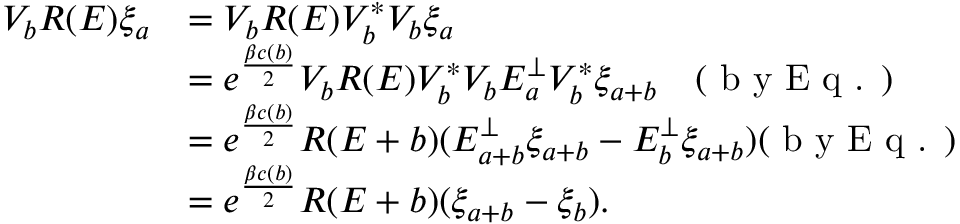
\begin{array} { r l } { V _ { b } R ( E ) \xi _ { a } } & { = V _ { b } R ( E ) V _ { b } ^ { * } V _ { b } \xi _ { a } } \\ & { = e ^ { \frac { \beta c ( b ) } { 2 } } V _ { b } R ( E ) V _ { b } ^ { * } V _ { b } E _ { a } ^ { \perp } V _ { b } ^ { * } \xi _ { a + b } ~ ~ ~ ( \textrm { b y E q . } ) } \\ & { = e ^ { \frac { \beta c ( b ) } { 2 } } R ( E + b ) ( E _ { a + b } ^ { \perp } \xi _ { a + b } - E _ { b } ^ { \perp } \xi _ { a + b } ) ( \textrm { b y E q . } ) } \\ & { = e ^ { \frac { \beta c ( b ) } { 2 } } R ( E + b ) ( \xi _ { a + b } - \xi _ { b } ) . } \end{array}